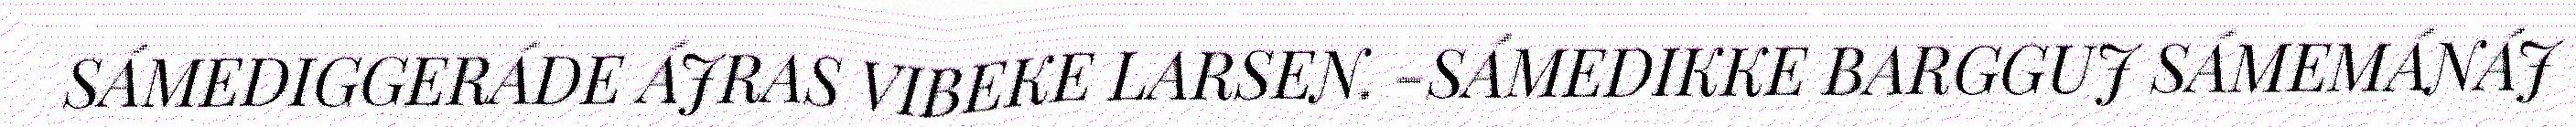
SÁMEDIGGERÁDE ÁJRAS VIBEKE LARSEN. -SÁMEDIKKE BARGGUJ SÁMEMÁNÁJ